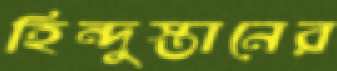
হিন্দুস্তানের